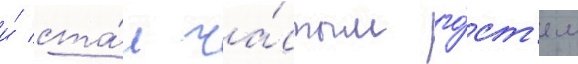
и́ ста́л ча́стым го́ст'ем